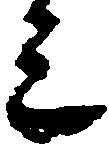
上